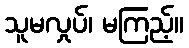
သူမလှုပ်၊ မကြည့်။